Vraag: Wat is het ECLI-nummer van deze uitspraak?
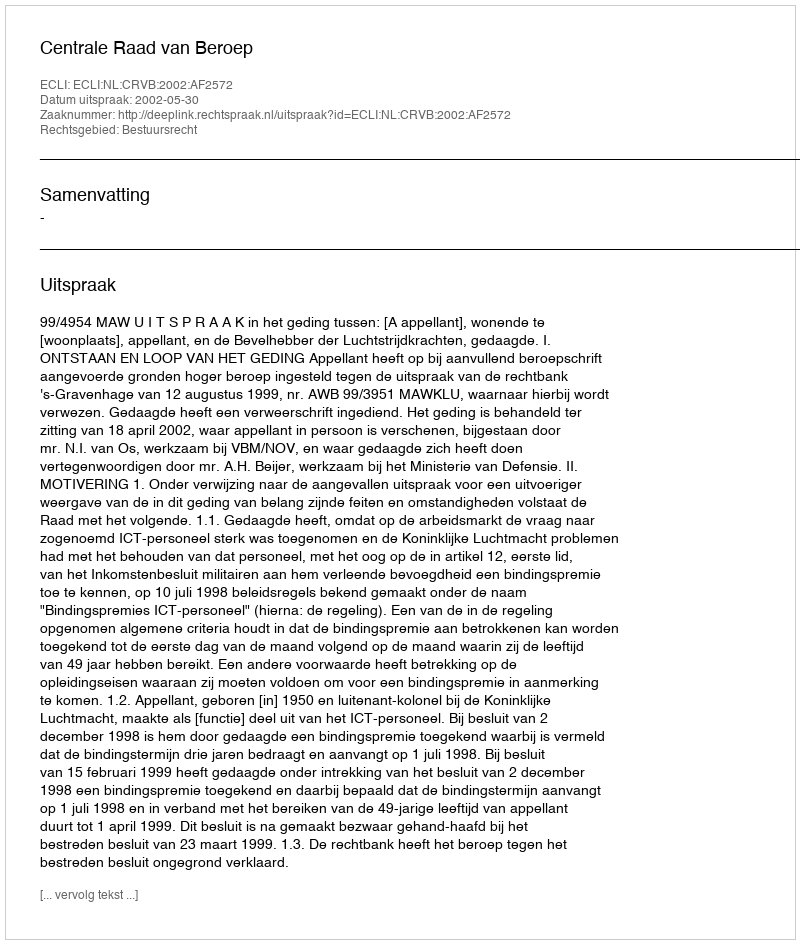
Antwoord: ECLI:NL:CRVB:2002:AF2572